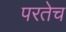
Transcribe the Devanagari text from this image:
परतेच